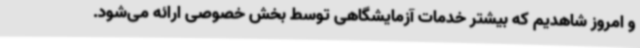
و امروز شاهدیم که بیشتر خدمات آزمایشگاهی توسط بخش خصوصی ارائه می‌شود.